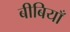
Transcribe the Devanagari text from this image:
बीबियाँ